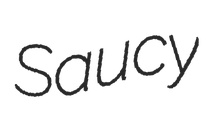
Saucy